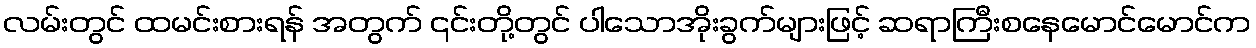
လမ်းတွင် ထမင်းစားရန် အတွက် ၎င်းတို့တွင် ပါသောအိုးခွက်များဖြင့် ဆရာကြီးစနေမောင်မောင်က